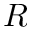
R